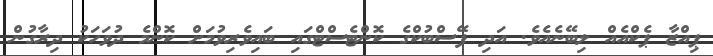
ޕިއްޒާ ޕެކްއެއް ލިބޭނެއެވެ. އަދި ފޭސްބުކްގެ ކޮންޓެސްޓްގައި ބައިވެރިވުމަށް ކޮންމެ ދުވަހަކު ދިރާގުން